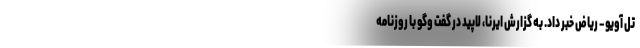
تل آویو – ریاض خبر داد. به گزارش ایرنا، لاپید در گفت وگو با روزنامه